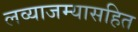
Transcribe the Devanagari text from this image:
लव्याजम्यासहित